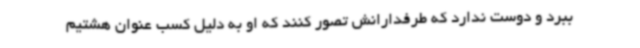
ببرد و دوست ندارد که طرفدارانش تصور کنند که او به دلیل کسب عنوان هشتیم